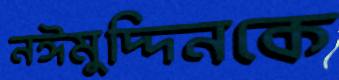
নঈমুদ্দিনকে